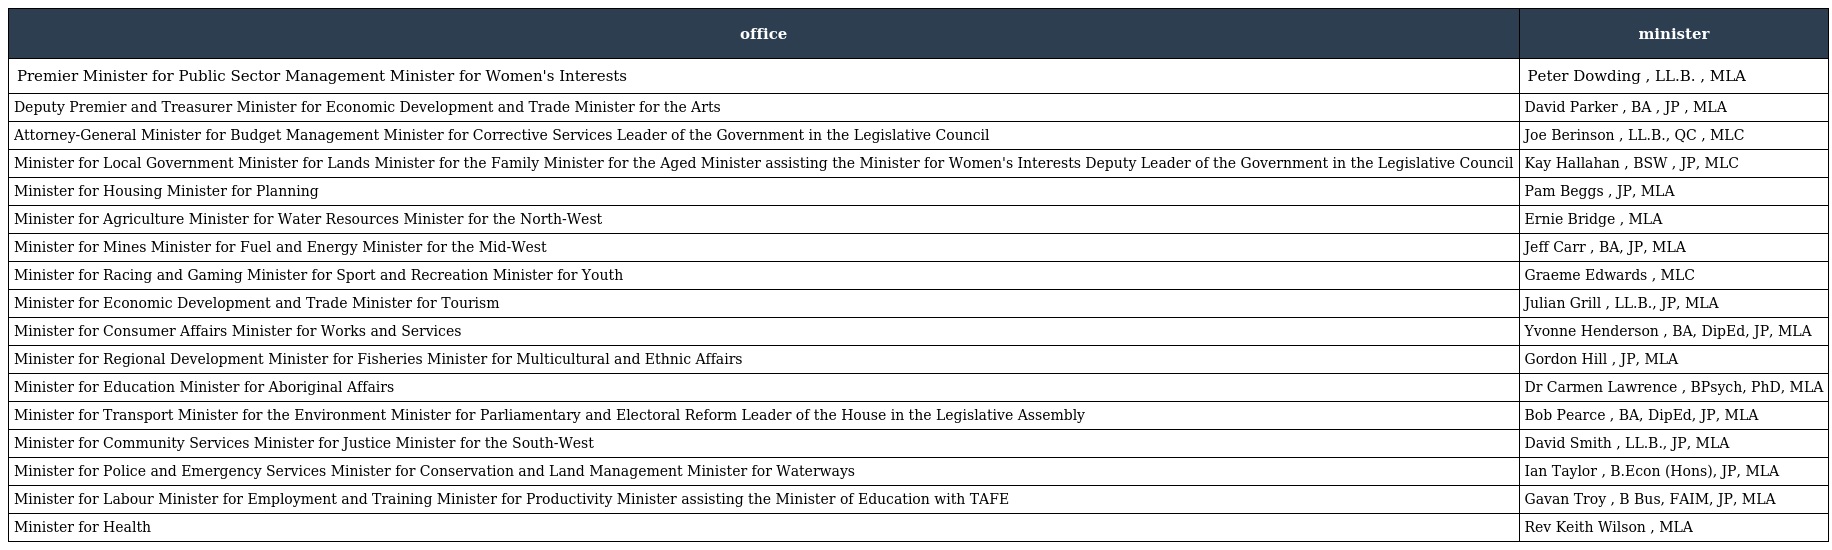
| office | minister |
 | --- | --- |
 | Premier Minister for Public Sector Management Minister for Women's Interests | Peter Dowding , LL.B. , MLA |
 | Deputy Premier and Treasurer Minister for Economic Development and Trade Minister for the Arts | David Parker , BA , JP , MLA |
 | Attorney-General Minister for Budget Management Minister for Corrective Services Leader of the Government in the Legislative Council | Joe Berinson , LL.B., QC , MLC |
 | Minister for Local Government Minister for Lands Minister for the Family Minister for the Aged Minister assisting the Minister for Women's Interests Deputy Leader of the Government in the Legislative Council | Kay Hallahan , BSW , JP, MLC |
 | Minister for Housing Minister for Planning | Pam Beggs , JP, MLA |
 | Minister for Agriculture Minister for Water Resources Minister for the North-West | Ernie Bridge , MLA |
 | Minister for Mines Minister for Fuel and Energy Minister for the Mid-West | Jeff Carr , BA, JP, MLA |
 | Minister for Racing and Gaming Minister for Sport and Recreation Minister for Youth | Graeme Edwards , MLC |
 | Minister for Economic Development and Trade Minister for Tourism | Julian Grill , LL.B., JP, MLA |
 | Minister for Consumer Affairs Minister for Works and Services | Yvonne Henderson , BA, DipEd, JP, MLA |
 | Minister for Regional Development Minister for Fisheries Minister for Multicultural and Ethnic Affairs | Gordon Hill , JP, MLA |
 | Minister for Education Minister for Aboriginal Affairs | Dr Carmen Lawrence , BPsych, PhD, MLA |
 | Minister for Transport Minister for the Environment Minister for Parliamentary and Electoral Reform Leader of the House in the Legislative Assembly | Bob Pearce , BA, DipEd, JP, MLA |
 | Minister for Community Services Minister for Justice Minister for the South-West | David Smith , LL.B., JP, MLA |
 | Minister for Police and Emergency Services Minister for Conservation and Land Management Minister for Waterways | Ian Taylor , B.Econ (Hons), JP, MLA |
 | Minister for Labour Minister for Employment and Training Minister for Productivity Minister assisting the Minister of Education with TAFE | Gavan Troy , B Bus, FAIM, JP, MLA |
 | Minister for Health | Rev Keith Wilson , MLA |